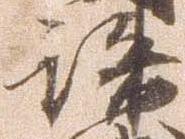
誅